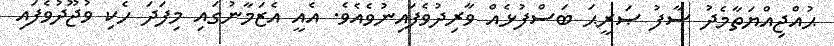
ޙުއްޖިއްޔަތާމެދު ސާފު ޞަރީޙަ ބަސްފުޅެއް ވާރިދުވެފައިނުވެއެވެ. އެއީ އެޒަމާނުގައި މިފަދަ ހެކި ވުޖޫދުވެފައި